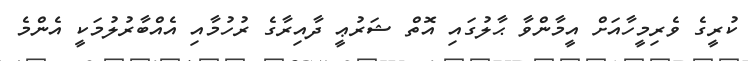
ކުރީގެ ވެރިމީހާއަށް އީމާންވާ ޙާލުގައި އޮތް ޝަރުޢީ ދާއިރާގެ ރުހުމާއި އެއްބާރުލުމަކީ އެންމެ